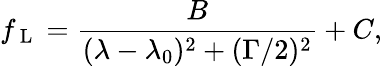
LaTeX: f_{\mathrm{~L~}}=\frac{B}{(\lambda-\lambda_{0})^{2}+(\Gamma/2)^{2}}+C,